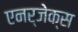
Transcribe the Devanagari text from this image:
एनर्जेक्स